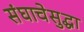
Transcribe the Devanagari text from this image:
संघाचेसुद्धा